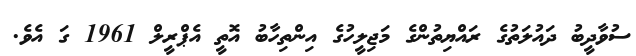
ސުވާދީބު ދައުލަތުގެ ރައްޔިތުންގެ މަޖިލީހުގެ އިންތިހާބު އޮތީ އެޕްރީލް 1961 ގަ އެވެ.